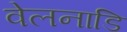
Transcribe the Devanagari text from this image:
वेलनाडि